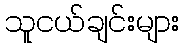
သူငယ်ချင်းများ